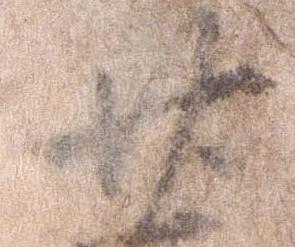
廿